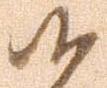
候